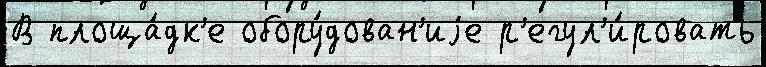
В площа́дк'е обору́дован'иjе р'егул'и́ровать